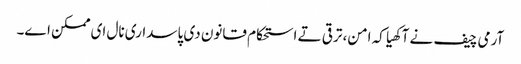
آرمی چیف نے آکھیا کہ امن، ترقی تے استحکام قانون دی پاسداری نال ای ممکن اے۔